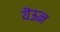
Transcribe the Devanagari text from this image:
यॆऊन